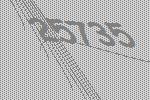
25735